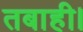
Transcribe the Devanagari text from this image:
तबाही।